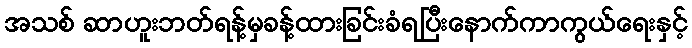
အသစ် ဆာဟူးဘတ်ရန့်မှခန့်ထားခြင်းခံရပြီးနောက်ကာကွယ်ရေးနှင့်